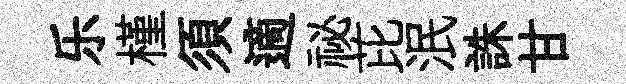
乐槿須適祕芘泯誅甘